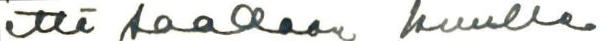
että saadaan kuulla